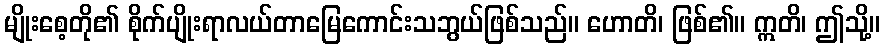
မျိုးစေ့တို၏ စိုက်ပျိုးရာလယ်တာမြေကောင်းသဘွယ်ဖြစ်သည်။ ဟောတိ၊ ဖြစ်၏။ ဣတိ၊ ဤသို့။